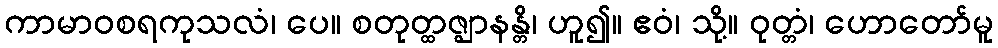
ကာမာဝစရကုသလံ၊ ပေ။ စတုတ္ထဇ္ဈာနန္တိ၊ ဟူ၍။ ဧဝံ၊ သို့။ ဝုတ္တံ၊ ဟောတော်မူ